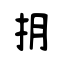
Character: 抈